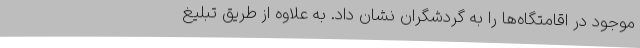
موجود در اقامتگاه‌ها را به گردشگران نشان داد. به علاوه از طریق تبلیغ